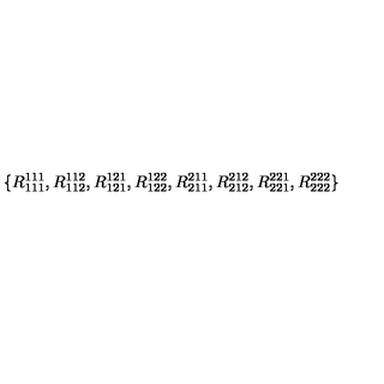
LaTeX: \{ R _ { 1 1 1 } ^ { 1 1 1 } , R _ { 1 1 2 } ^ { 1 1 2 } , R _ { 1 2 1 } ^ { 1 2 1 } , R _ { 1 2 2 } ^ { 1 2 2 } , R _ { 2 1 1 } ^ { 2 1 1 } , R _ { 2 1 2 } ^ { 2 1 2 } , R _ { 2 2 1 } ^ { 2 2 1 } , R _ { 2 2 2 } ^ { 2 2 2 } \}